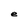
Character: e